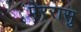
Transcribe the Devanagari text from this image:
पेररासु